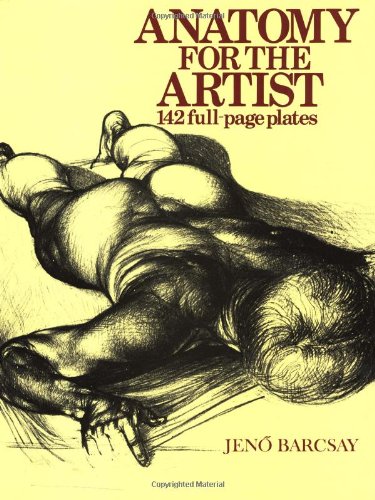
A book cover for Anatomy For The Artist; Jeno Barcsay; Arts & Photography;